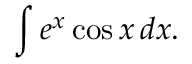
\int e ^ { x } \cos x \, d x .